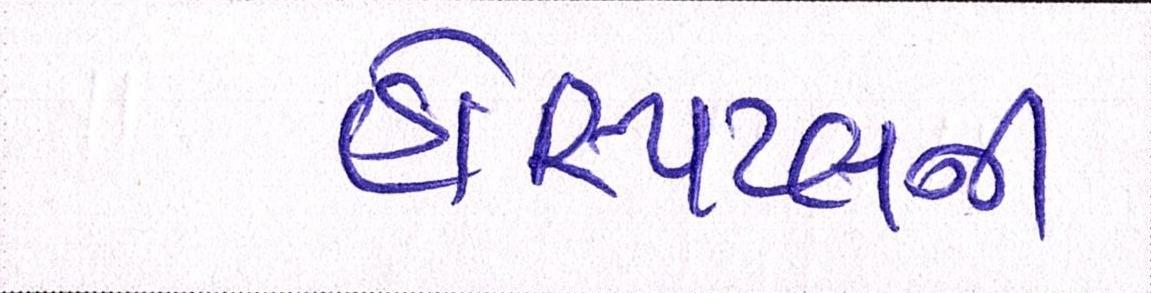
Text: હોસ્પિટલની